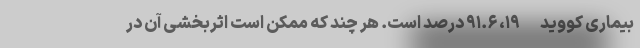
بیماری کووید-۱۹، ۹۱.۶ درصد است. هر چند که ممکن است اثربخشی آن در